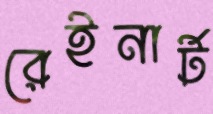
রেইনার্ট